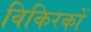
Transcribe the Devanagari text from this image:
विकिरकों